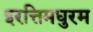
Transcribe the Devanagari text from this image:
इरत्तिमधुरम